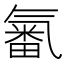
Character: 𣱫